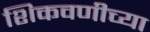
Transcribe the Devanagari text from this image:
शिकवणीच्या